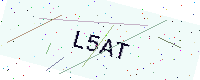
Text: L5AT